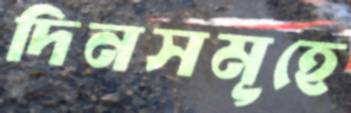
দিনসমূহে